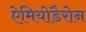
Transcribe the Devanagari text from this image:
ऐमियोडैरोन